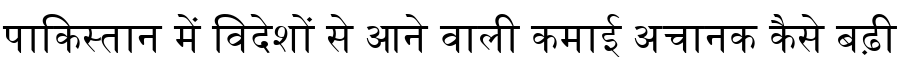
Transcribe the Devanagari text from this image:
पाकिस्तान में विदेशों से आने वाली कमाई अचानक कैसे बढ़ी